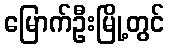
မြောက်ဦးမြို့တွင်